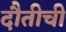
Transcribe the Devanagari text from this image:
दौतीची